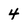
Character: 4